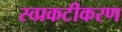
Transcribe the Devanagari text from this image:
स्व्प्रकटीकरण